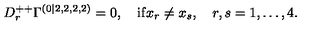
D _ { r } ^ { + + } \Gamma ^ { ( 0 | 2 , 2 , 2 , 2 ) } = 0 , \quad \mathrm { i f } x _ { r } \neq x _ { s } , \quad r , s = 1 , \ldots , 4 .